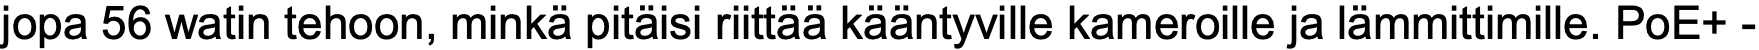
jopa 56 watin tehoon, minkä pitäisi riittää kääntyville kameroille ja lämmittimille. PoE+ -